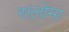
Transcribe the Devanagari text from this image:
सलोमा